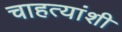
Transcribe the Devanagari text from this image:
चाहत्यांशी